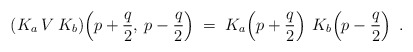
\begin{align*}(K_a\:V\:K_b)\!\left(p+\frac{q}{2},\:p-\frac{q}{2}\right) \;=\; K_a\!\left(p+\frac{q}{2}\right) \:K_b\!\left(p-\frac{q}{2}\right) \;. \end{align*}